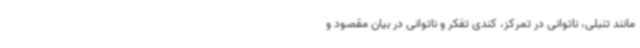
مانند تنبلی، ناتوانی در تمرکز، کندی تفکر و ناتوانی در بیان مقصود و